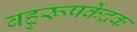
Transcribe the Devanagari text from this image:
बहुरूपकेंद्रक